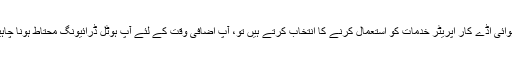
آپ ہوائی اڈے کار اپریٹر خدمات کو استعمال کرنے کا انتخاب کرتے ہیں تو، آپ اضافی وقت کے لئے آپ ہوٹل ڈرائیونگ محتاط ہونا چاہیے ۔